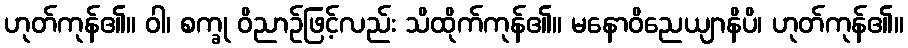
ဟုတ်ကုန်၏။ ဝါ၊ စက္ခု ဝိညာဉ်ဖြင့်လည်း သိထိုက်ကုန်၏။ မနောဝိညေယျာနိပိ၊ ဟုတ်ကုန်၏။